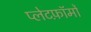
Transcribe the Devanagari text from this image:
प्लेटफ़ॉर्मों